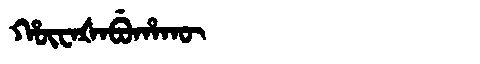
Manchu: ᡥᡡᠸᠠᡧᠠᠪᡠᡥᠠᡴᡡ
Romanization: HŪWAŠABUHAKŪ